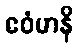
ဧဝံမာနိ